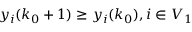
y _ { i } ( k _ { 0 } + 1 ) \geq y _ { i } ( k _ { 0 } ) , i \in V _ { 1 }